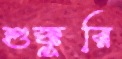
শুক্কুরি